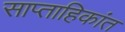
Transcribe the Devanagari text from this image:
साप्ताहिकांत